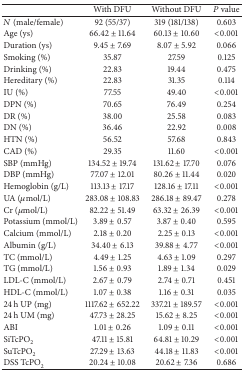
<table><thead><tr><td><b> </b></td><td><b>With DFU</b></td><td><b>Without DFU</b></td><td><b><i>P</i> value</b></td></tr></thead><tbody><tr><td><i>N</i> (male/female)</td><td>92 (55/37)</td><td>319 (181/138)</td><td>0.603</td></tr><tr><td>Age (ys)</td><td>66.42 ± 11.64</td><td>60.13 ± 10.60</td><td>&lt;0.001</td></tr><tr><td>Duration (ys)</td><td>9.45 ± 7.69</td><td>8.07 ± 5.92</td><td>0.066</td></tr><tr><td>Smoking (%)</td><td>35.87</td><td>27.59</td><td>0.125</td></tr><tr><td>Drinking (%)</td><td>22.83</td><td>19.44</td><td>0.475</td></tr><tr><td>Hereditary (%)</td><td>22.83</td><td>31.35</td><td>0.114</td></tr><tr><td>IU (%)</td><td>77.55</td><td>49.40</td><td>&lt;0.001</td></tr><tr><td>DPN (%)</td><td>70.65</td><td>76.49</td><td>0.254</td></tr><tr><td>DR (%)</td><td>38.00</td><td>25.58</td><td>0.083</td></tr><tr><td>DN (%)</td><td>36.46</td><td>22.92</td><td>0.008</td></tr><tr><td>HTN (%)</td><td>56.52</td><td>57.68</td><td>0.843</td></tr><tr><td>CAD (%)</td><td>29.35</td><td>11.60</td><td>&lt;0.001</td></tr><tr><td>SBP (mmHg)</td><td>134.52 ± 19.74</td><td>131.62 ± 17.70</td><td>0.076</td></tr><tr><td>DBP (mmHg)</td><td>77.07 ± 12.01</td><td>80.26 ± 11.44</td><td>0.020</td></tr><tr><td>Hemoglobin (g/L)</td><td>113.13 ± 17.17</td><td>128.16 ± 17.11</td><td>&lt;0.001</td></tr><tr><td>UA (<i>μ</i>mol/L)</td><td>283.08 ± 108.83</td><td>286.18 ± 89.47</td><td>0.278</td></tr><tr><td>Cr (<i>μ</i>mol/L)</td><td>82.22 ± 51.49</td><td>63.32 ± 26.39</td><td>&lt;0.001</td></tr><tr><td>Potassium (mmol/L)</td><td>3.89 ± 0.57</td><td>3.87 ± 0.40</td><td>0.595</td></tr><tr><td>Calcium (mmol/L)</td><td>2.18 ± 0.20</td><td>2.25 ± 0.13</td><td>&lt;0.001</td></tr><tr><td>Albumin (g/L)</td><td>34.40 ± 6.13</td><td>39.88 ± 4.77</td><td>&lt;0.001</td></tr><tr><td>TC (mmol/L)</td><td>4.49 ± 1.25</td><td>4.63 ± 1.09</td><td>0.297</td></tr><tr><td>TG (mmol/L)</td><td>1.56 ± 0.93</td><td>1.89 ± 1.34</td><td>0.029</td></tr><tr><td>LDL-C (mmol/L)</td><td>2.67 ± 0.79</td><td>2.74 ± 0.71</td><td>0.451</td></tr><tr><td>HDL-C (mmol/L)</td><td>1.07 ± 0.38</td><td>1.16 ± 0.31</td><td>0.035</td></tr><tr><td>24 h UP (mg)</td><td>1117.62 ± 652.22</td><td>337.21 ± 189.57</td><td>&lt;0.001</td></tr><tr><td>24 h UM (mg)</td><td>47.73 ± 28.25</td><td>15.62 ± 8.25</td><td>&lt;0.001</td></tr><tr><td>ABI</td><td>1.01 ± 0.26</td><td>1.09 ± 0.11</td><td>&lt;0.001</td></tr><tr><td>SiTcPO<sub>2</sub></td><td>47.11 ± 15.81</td><td>64.81 ± 10.29</td><td>&lt;0.001</td></tr><tr><td>SuTcPO<sub>2</sub></td><td>27.29 ± 13.63</td><td>44.18 ± 11.83</td><td>&lt;0.001</td></tr><tr><td>DSS TcPO<sub>2</sub></td><td>20.24 ± 10.08</td><td>20.62 ± 7.36</td><td>0.686</td></tr></tbody></table>